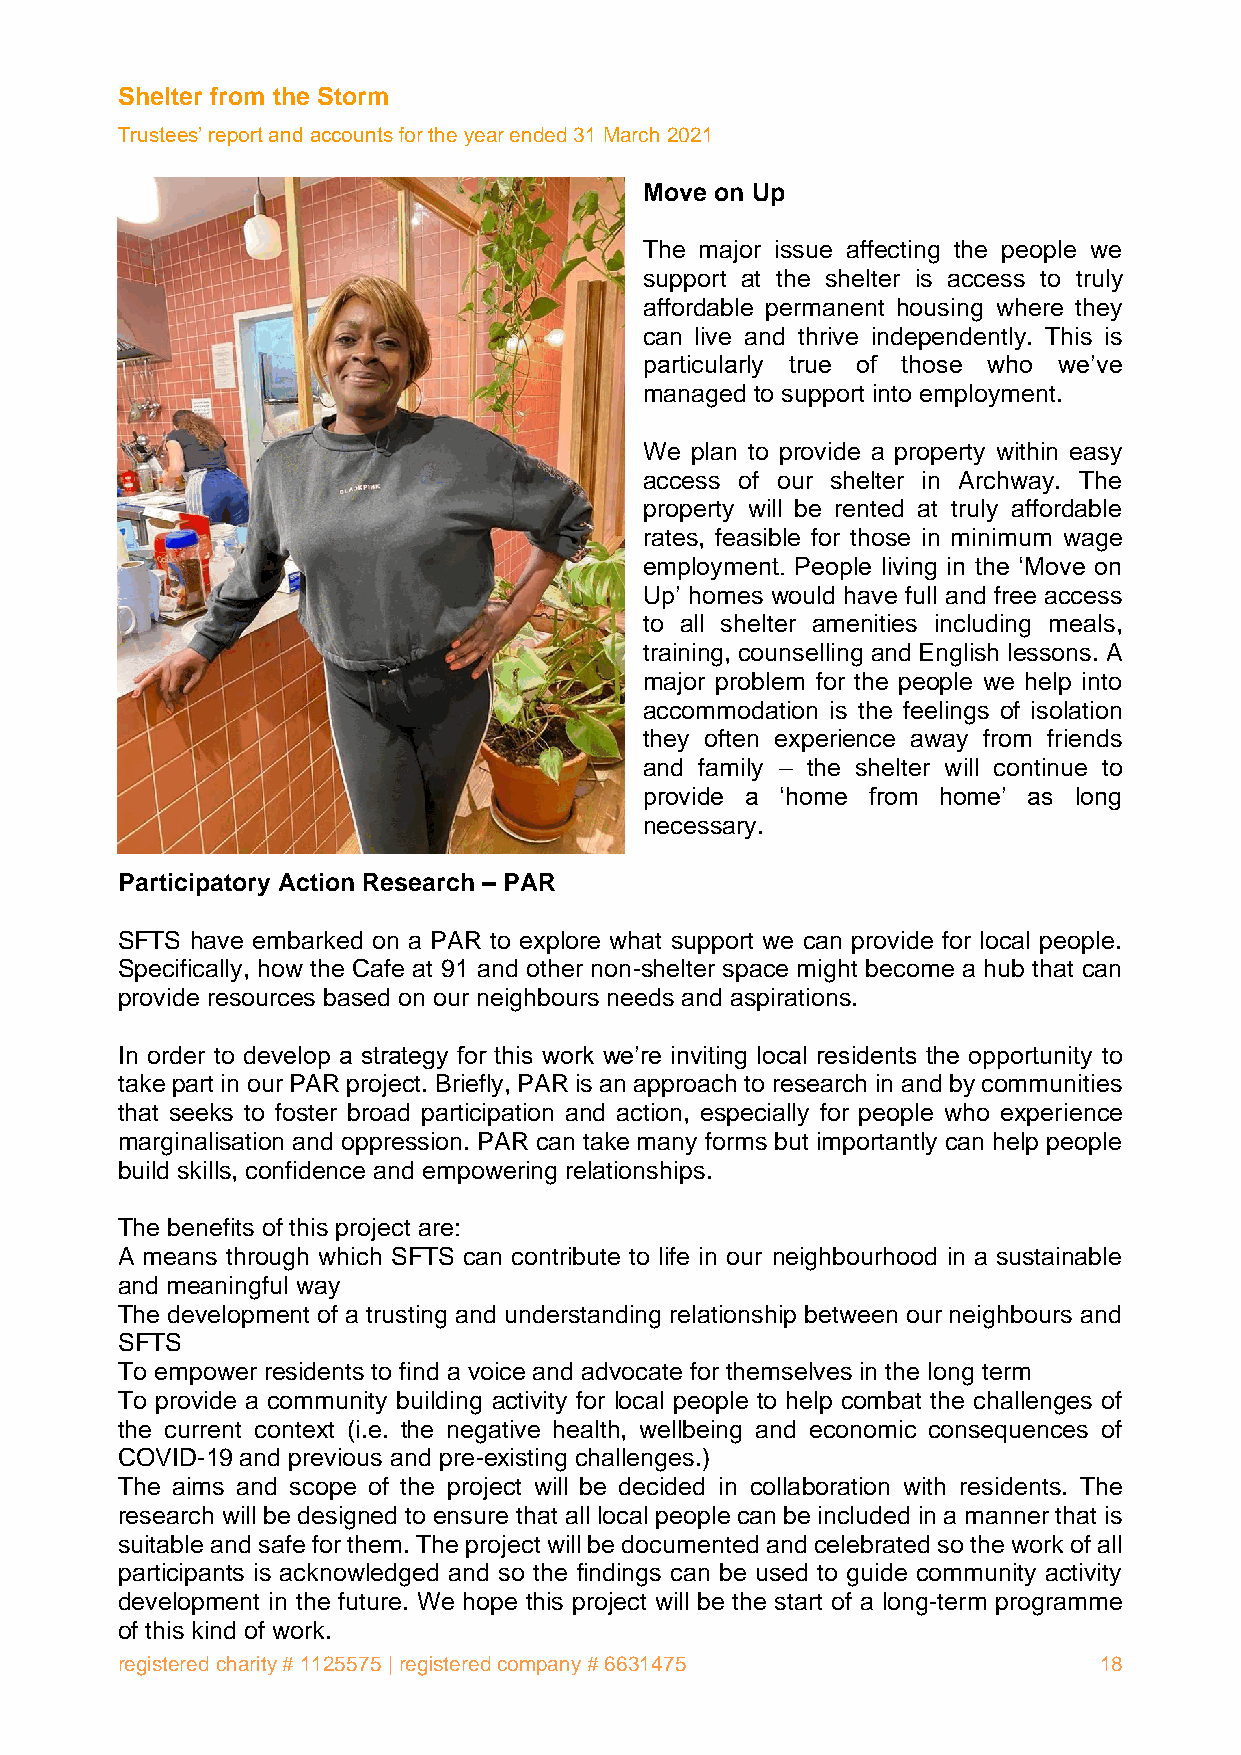
Shelter from the Storm
 Trustees’ report and accounts for the year ended 31 March 2021
 Move on Up
 The major issue affecting the people we
 support at the shelter is access to truly
 affordable permanent housing where they
 can live and thrive independently. This is
 particularly true of those who we’ve
 managed to support into employment.
 We plan to provide a property within easy
 access of our shelter in Archway. The
 property will be rented at truly affordable
 rates, feasible for those in minimum wage
 employment. People living in the ‘Move on
 Up’ homes would have full and free access
 to all shelter amenities including meals,
 training, counselling and English lessons. A
 major problem for the people we help into
 accommodation is the feelings of isolation
 they often experience away from friends
 and family – the shelter will continue to
 provide a ‘home from home’ as long
 necessary.
 Participatory Action Research – PAR
 SFTS have embarked on a PAR to explore what support we can provide for local people.
 Specifically, how the Cafe at 91 and other non-shelter space might become a hub that can
 provide resources based on our neighbours needs and aspirations.
 In order to develop a strategy for this work we’re inviting local residents the opportunity to
 take part in our PAR project. Briefly, PAR is an approach to research in and by communities
 that seeks to foster broad participation and action, especially for people who experience
 marginalisation and oppression. PAR can take many forms but importantly can help people
 build skills, confidence and empowering relationships.
 The benefits of this project are:
 A means through which SFTS can contribute to life in our neighbourhood in a sustainable
 and meaningful way
 The development of a trusting and understanding relationship between our neighbours and
 SFTS
 To empower residents to find a voice and advocate for themselves in the long term
 To provide a community building activity for local people to help combat the challenges of
 the current context (i.e. the negative health, wellbeing and economic consequences of
 COVID-19 and previous and pre-existing challenges.)
 The aims and scope of the project will be decided in collaboration with residents. The
 research will be designed to ensure that all local people can be included in a manner that is
 suitable and safe for them. The project will be documented and celebrated so the work of all
 participants is acknowledged and so the findings can be used to guide community activity
 development in the future. We hope this project will be the start of a long-term programme
 of this kind of work.
 registered charity # 1125575 | registered company # 6631475      18